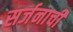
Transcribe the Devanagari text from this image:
सर्जनाची